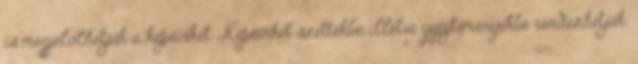
is megjelölhetjük a képeinket. Képeinket szettekbe, illetve gyűjteményekbe rendezhetjük.